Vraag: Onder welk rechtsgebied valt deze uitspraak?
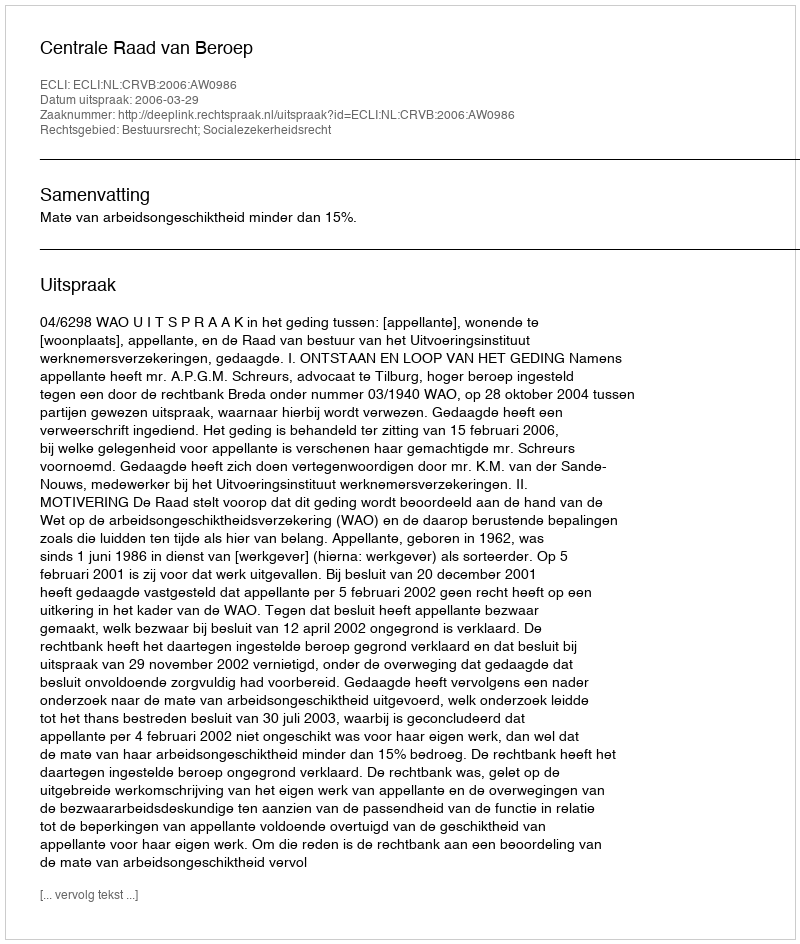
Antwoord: Bestuursrecht; Socialezekerheidsrecht